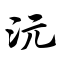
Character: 沅